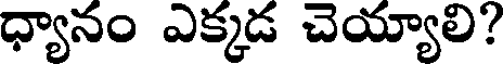
ధ్యానం ఎక్కడ చెయ్యాలి?